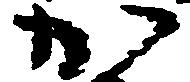
か